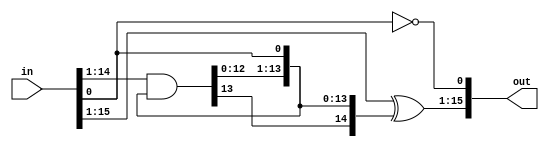
/*
   This file was generated automatically by Alchitry Labs version 1.2.1.
   Do not edit this file directly. Instead edit the original Lucid source.
   This is a temporary file and any changes made to it will be destroyed.
*/

module pc_incrementer_16_13 (
    input [15:0] in,
    output reg [15:0] out
  );
  
  
  
  reg [14:0] cout;
  
  always @* begin
    out[0+0-:1] = in[0+0-:1] ^ 1'h1;
    cout[0+0-:1] = in[0+0-:1] & 1'h1;
    out[1+14-:15] = in[1+14-:15] ^ cout[0+14-:15];
    cout[1+13-:14] = in[1+13-:14] & cout[0+13-:14];
  end
endmodule